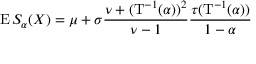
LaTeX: \operatorname { E } S _ { \alpha } ( X ) = \mu + \sigma { \frac { \nu + ( \mathrm { T } ^ { - 1 } ( \alpha ) ) ^ { 2 } } { \nu - 1 } } { \frac { \tau ( \mathrm { T } ^ { - 1 } ( \alpha ) ) } { 1 - \alpha } }